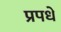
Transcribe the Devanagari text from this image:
प्रपधे